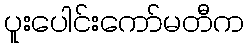
ပူးပေါင်းကော်မတီက